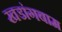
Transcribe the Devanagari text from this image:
खडांगबाम